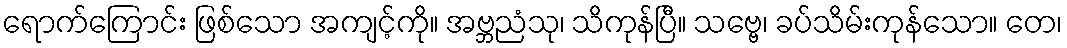
ရောက်ကြောင်း ဖြစ်သော အကျင့်ကို။ အဗ္ဘညံသု၊ သိကုန်ပြီ။ သဗ္ဗေ၊ ခပ်သိမ်းကုန်သော။ တေ၊